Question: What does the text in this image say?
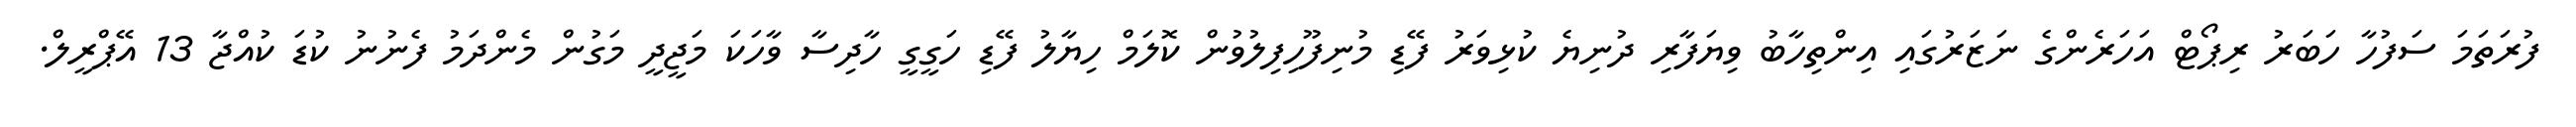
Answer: ފުރަތަމަ ސަފުހާ ހަބަރު ރިޕޯޓް އަހަރެންގެ ނަޒަރުގައި އިންތިހާބު ވިޔަފާރި ދުނިޔެ ކުޅިވަރު ފޭޑި މުނިފޫހިފިލުވުން ކޮލަމް ހިޔާލު ފޭޑި ހަގީގީ ހާދިސާ ވާހަކަ މަޖީދީ މަގުން މެންދަމު ފެނުނު ކުޑަ ކުއްޖާ 13 އޭޕްރީލް.